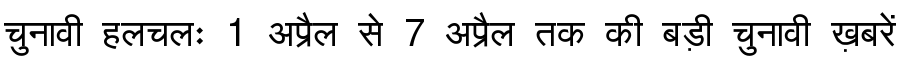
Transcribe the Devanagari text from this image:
चुनावी हलचलः 1 अप्रैल से 7 अप्रैल तक की बड़ी चुनावी ख़बरें